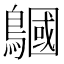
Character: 𪅦